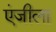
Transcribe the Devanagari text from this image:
एंजीला